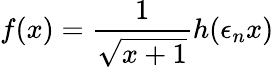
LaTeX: f(x)=\frac{1}{\sqrt{x+1}}h(\epsilon_{n}x)